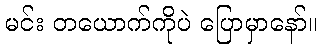
မင်း တယောက်ကိုပဲ ပြောမှာနော်။